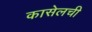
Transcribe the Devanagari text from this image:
कासेलची